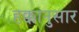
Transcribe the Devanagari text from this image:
हक्कानुसार